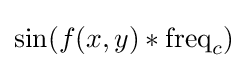
\sin(f(x,y)*{\text{freq}}_{c})